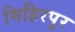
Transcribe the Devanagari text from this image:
मिहिरपुर